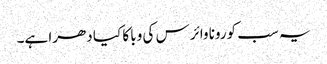
یہ سب کورونا وائرس کی وبا کا کیا دھرا ہے۔